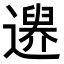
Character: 𨗔